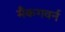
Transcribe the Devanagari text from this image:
मैकगवर्न